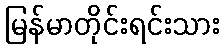
မြန်မာတိုင်းရင်းသား